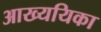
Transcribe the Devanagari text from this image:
आख्ययिका